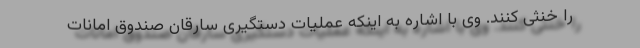
را خنثی کنند. وی با اشاره به اینکه عملیات دستگیری سارقان صندوق امانات